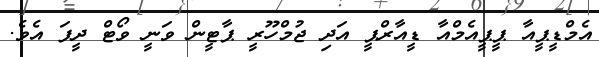
އެމްޑީޕީއާ ޕީޕީއެމްއާ ޑީއާރްޕީ އަދި ޖުމްހޫރީ ޕާޓީން ވަނީ ވޯޓް ދީފަ އެވެ.